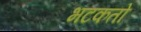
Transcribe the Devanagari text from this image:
भटकतो